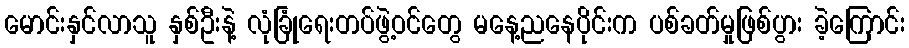
မောင်းနှင်လာသူ နှစ်ဦးနဲ့ လုံခြုံရေးတပ်ဖွဲ့ဝင်တွေ မနေ့ညနေပိုင်းက ပစ်ခတ်မှုဖြစ်ပွား ခဲ့ကြောင်း